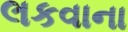
લકવાના